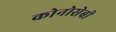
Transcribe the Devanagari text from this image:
कोनोसेबी